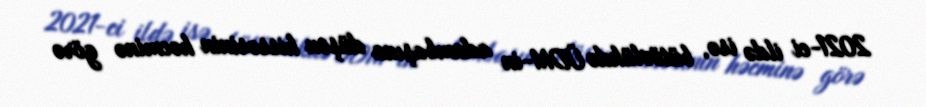
2021-ci ildə isə, bütövlükdə ÜDM-in adambaşına düşən hissəsinin həcminə görə